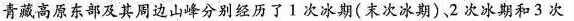
青藏高原东部及其周边山峰分别经历了1次冰期(末次冰期)，2次冰期和3次